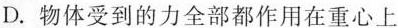
D.物体受到的力全部都作用在重心上